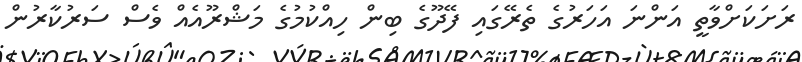
ރަށަކަށްވާތީ އަންނަ އަހަރުގެ ތެރޭގައި ފޭދޫގެ ބިން ހިއްކުމުގެ މަޝްރޫއެއް ވެސް ސަރުކާރުން